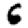
Digit: 6